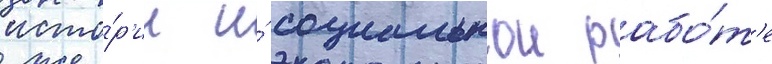
исто́р'ии и́ социальнои рабо́т'е